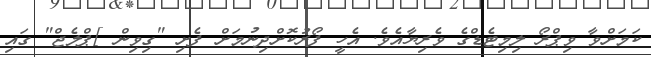
ކަމަށްވާ ވިޕްރޯ ލިމިޓެޑްގެ ވެރިޔާއެވެ. އެހީ ފޯރުކޮށްދިނުމަށް ފެށި "ގިވިން ]ޕްލެޖް" ގައި